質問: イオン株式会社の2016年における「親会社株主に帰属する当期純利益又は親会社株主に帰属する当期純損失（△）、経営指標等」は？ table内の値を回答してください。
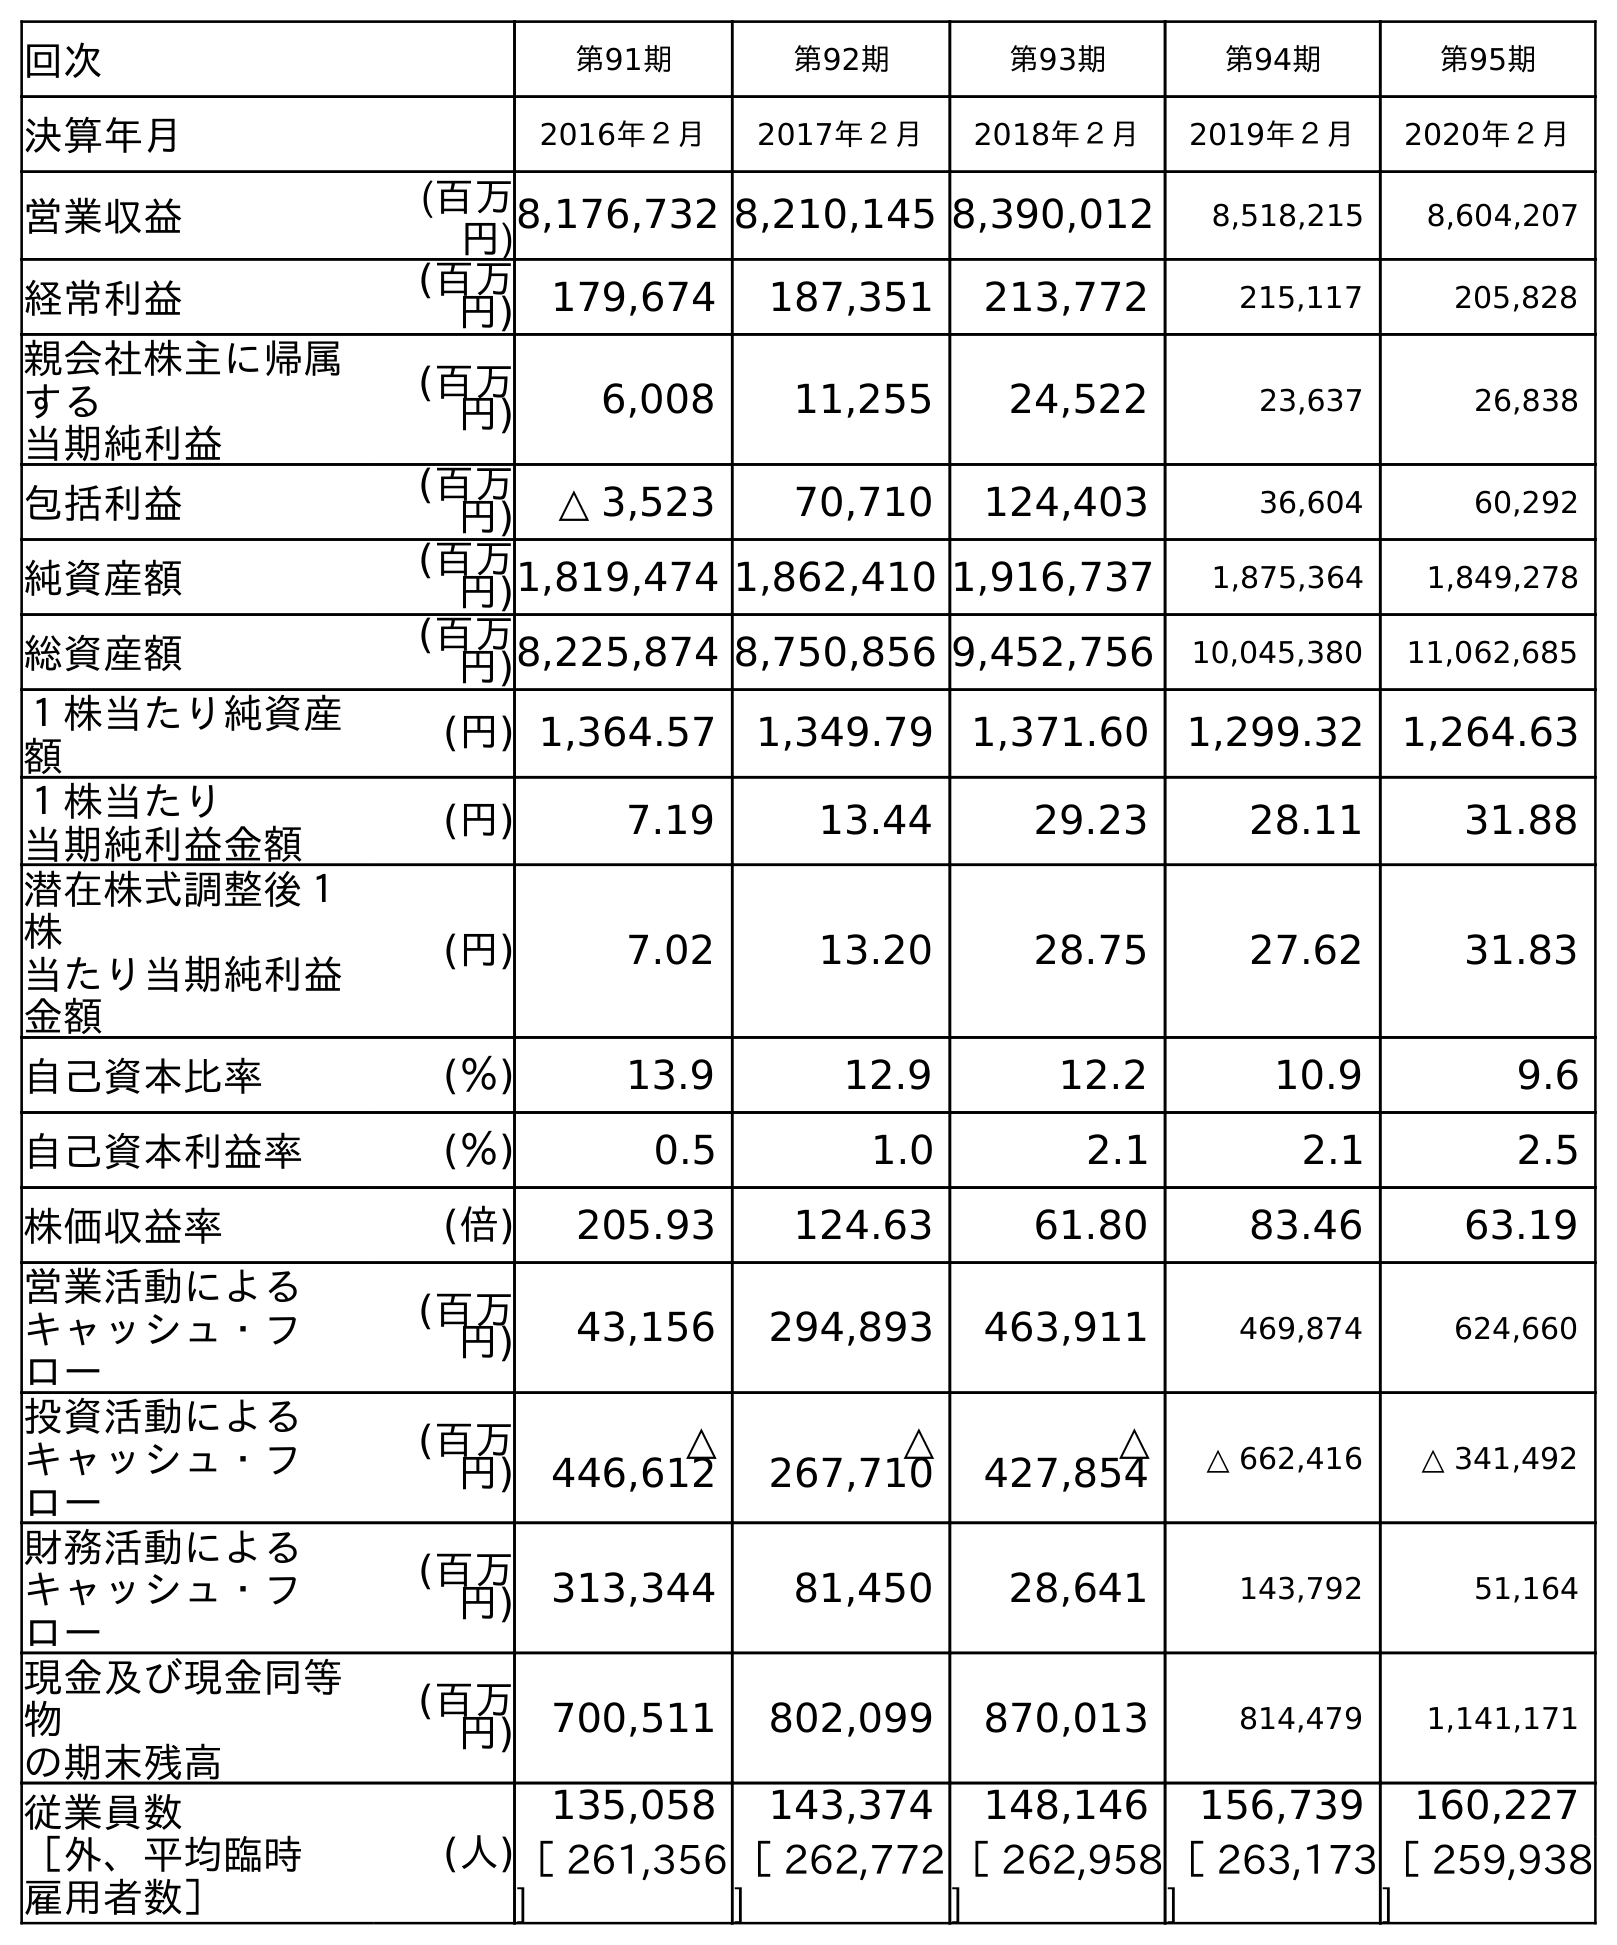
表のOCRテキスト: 回次 第91期 第92期 第93期 第94期 第95期 決算年月 2016年２月 2017年２月 2018年２月 2019年２月 2020年２月 営業収益 (百万 円)8,176,732 8,210,145 8,390,012 8,518,215 8,604,207 経常利益 (百万 円) 179,674 187,351 213,772 215,117 205,828 親会社株主に帰属 する 当期純利益 (百万 円) 6,008 11,255 24,522 23,637 26,838 包括利益 (百万 円) △ 3,523 70,710 124,403 36,604 60,292 純資産額 (百万 円)1,819,474 1,862,410 1,916,737 1,875,364 1,849,278 総資産額 (百万 円)8,225,874 8,750,856 9,452,756 10,045,380 11,062,685 １株当たり純資産 額 (円) 1,364.57 1,349.79 1,371.60 1,299.32 1,264.63 １株当たり 当期純利益金額 (円) 7.19 13.44 29.23 28.11 31.88 潜在株式調整後１ 株 当たり当期純利益 金額 (円) 7.02 13.20 28.75 27.62 31.83 自己資本比率 (％) 13.9 12.9 12.2 10.9 9.6 自己資本利益率 (％) 0.5 1.0 2.1 2.1 2.5 株価収益率 (倍) 205.93 124.63 61.80 83.46 63.19 営業活動による キャッシュ・フ ロー (百万 円) 43,156 294,893 463,911 469,874 624,660 投資活動による キャッシュ・フ ロー (百万 円) △ 446,612 △ 267,710 △ 427,854 △ 662,416 △ 341,492 財務活動による キャッシュ・フ ロー (百万 円) 313,344 81,450 28,641 143,792 51,164 現金及び現金同等 物 の期末残高 (百万 円) 700,511 802,099 870,013 814,479 1,141,171 従業員数 ［外、平均臨時 雇用者数］ (人) 135,058 143,374 148,146 156,739 160,227 ［ 261,356 ] ［ 262,772 ] ［ 262,958 ] ［ 263,173 ] ［ 259,938 ]
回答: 6,008